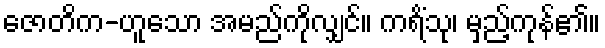
ဇောတိက-ဟူသော အမည်ကိုလျှင်။ ကရိံသု၊ မှည့်ကုန်၏။